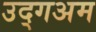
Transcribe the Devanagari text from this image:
उद्गअम